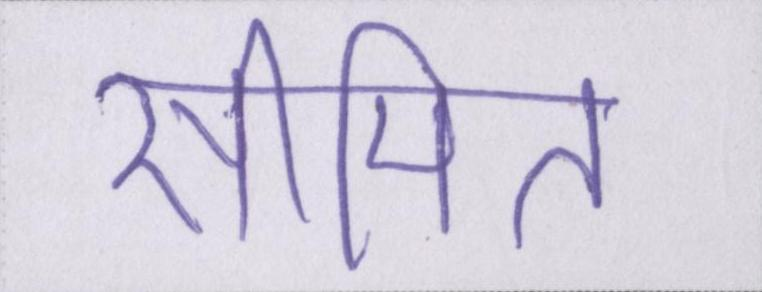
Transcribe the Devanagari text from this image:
सीमित